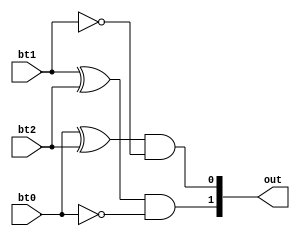
`timescale 1ns / 1ps
//////////////////////////////////////////////////////////////////////////////////
// Company: 
// Engineer: 
// 
// Design Name: 
// Module Name: dec_sel
// Project Name: 
// Target Devices: 
// Tool Versions: 
// Description: 
// 
// Dependencies: 
// 
// Revision:
// Revision 0.01 - File Created
// Additional Comments:
// 
//////////////////////////////////////////////////////////////////////////////////


module dec_sel(bt0, bt1, bt2, out);
    input bt0, bt1, bt2;
    output [1:0] out;
    
    assign out[1] = (bt1^bt2)&(~bt0);
    assign out[0] = (bt0^bt2)&(~bt1);
endmodule